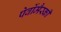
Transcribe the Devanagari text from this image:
पेर्वोमैस्की